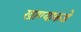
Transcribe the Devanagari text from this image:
खाण्याकडे